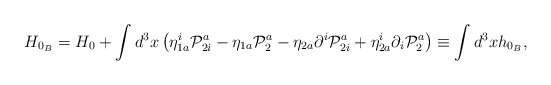
\begin{align*}H_{0_{B}}=H_{0}+\int d^{3}x\left( \eta _{1a}^{i}\mathcal{P}_{2i}^{a}-\eta_{1a}\mathcal{P}_{2}^{a}-\eta _{2a}\partial ^{i}\mathcal{P}_{2i}^{a}+\eta_{2a}^{i}\partial _{i}\mathcal{P}_{2}^{a}\right) \equiv \int d^{3}xh_{0_{B}},\end{align*}